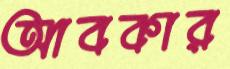
আবকার